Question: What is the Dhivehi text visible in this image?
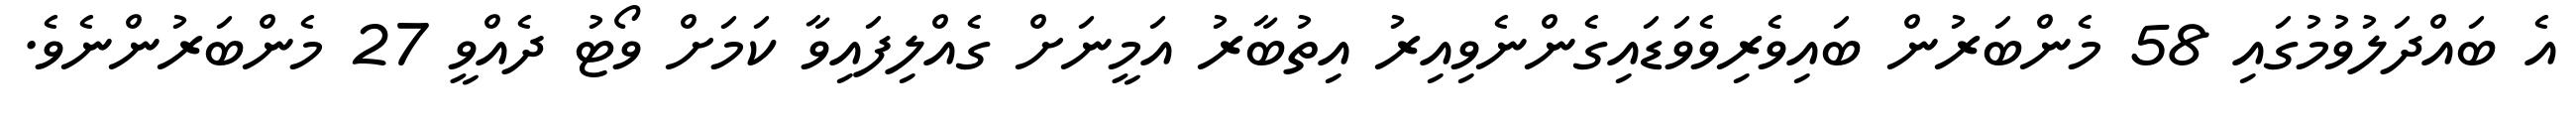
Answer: އެ ބައްދަލުވުމުގައި 58 މެންބަރުން ބައިވެރިވެވަޑައިގެންނެވިއިރު އިތުބާރު އަމީނަށް ގެއްލިފައިވާ ކަމަށް ވޯޓު ދެއްވީ 27 މެންބަރުންނެވެ.